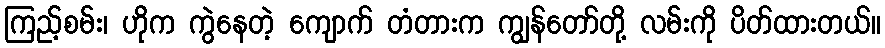
ကြည့်စမ်း၊ ဟိုက ကွဲနေတဲ့ ကျောက် တံတားက ကျွန်တော်တို့ လမ်းကို ပိတ်ထားတယ်။